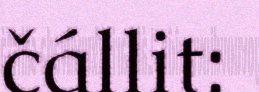
čállit: